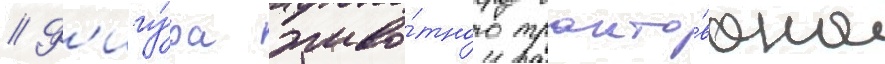
// Ф'игу́ра живо́тного тракто́вана